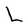
Character: L